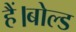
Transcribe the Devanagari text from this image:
हैं।बोल्ड